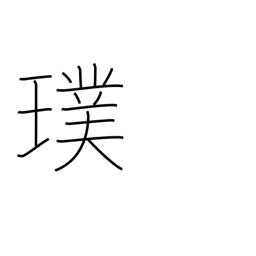
Meaning: unpolished gem